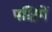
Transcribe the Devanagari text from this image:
पश्चिमें